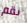
نقم